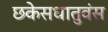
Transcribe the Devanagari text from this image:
छकेसधातुवंस